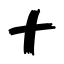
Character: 十